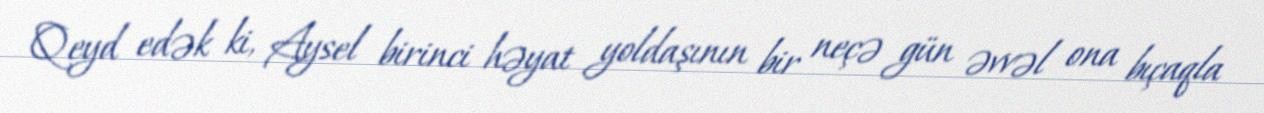
Qeyd edək ki, Aysel birinci həyat yoldaşının bir neçə gün əvvəl ona bıçaqla